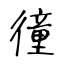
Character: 徸